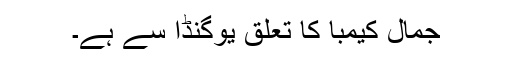
جمال کیمبا کا تعلق یوگنڈا سے ہے۔